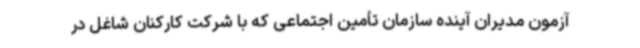
آزمون مدیران آینده سازمان تأمین اجتماعی که با شرکت کارکنان شاغل در